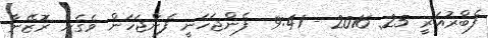
ފެބްރުއަރީ 25